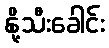
နို့သီးခေါင်း